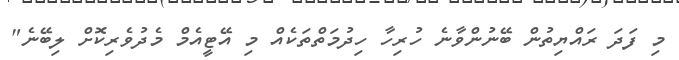
މި ފަދަ ރައްޔިތުން ބޭނުންވާނެ ހުރިހާ ހިދުމަތްތަކެއް މި އޭޓީއެމް މެދުވެރިކޮށް ލިބޭނެ"